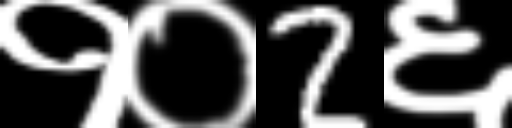
Text: १०2६